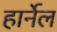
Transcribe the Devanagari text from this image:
हार्नेल